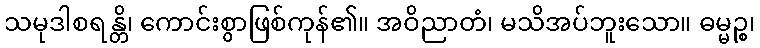
သမုဒါစရန္တိ၊ ကောင်းစွာဖြစ်ကုန်၏။ အဝိညာတံ၊ မသိအပ်ဘူးသော။ ဓမ္မဉ္စ၊